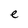
Character: e